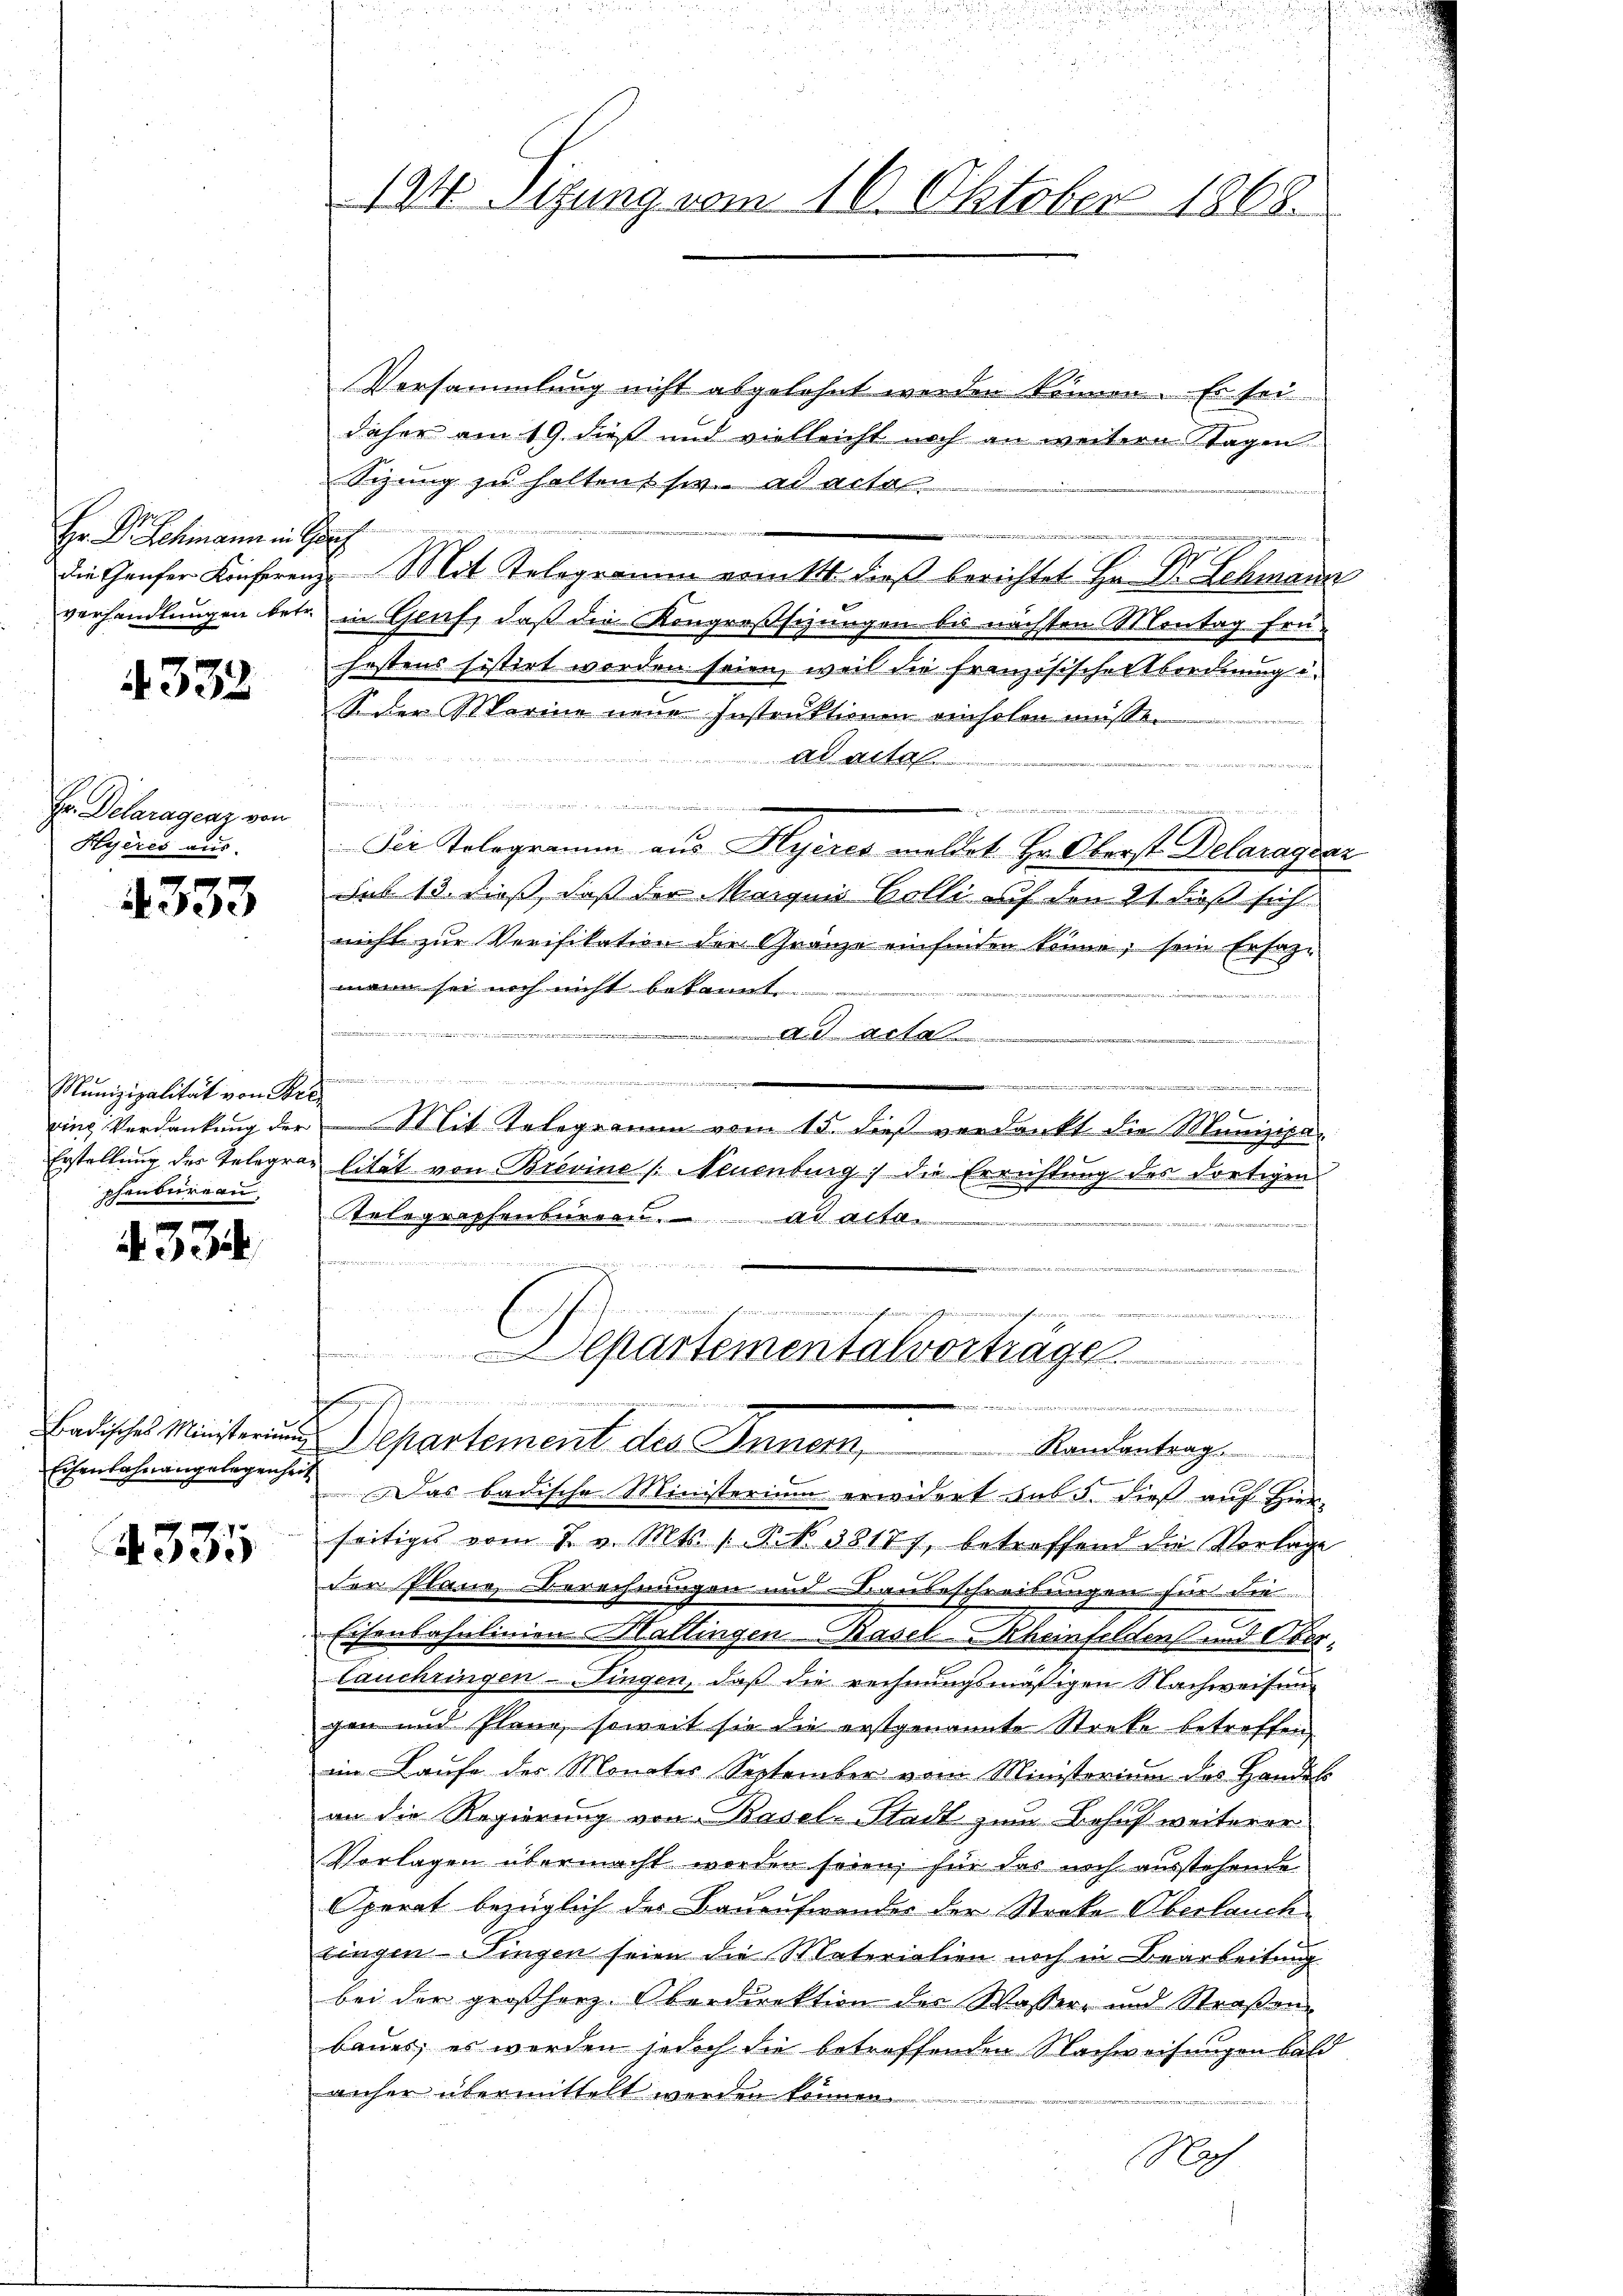
Hr Dr. Schmann in Sach

4332

Er Deleragenz von
Hyeres aus.

4333

Munizipalität von See
phenbureau

4335

4335

Versammlung nicht abgelohnt werden können. Es sei
daher am 19. dieß und vielleicht noch an weitern Stagen
Sizung zu halten sie. ad acta
e
die Genfer Konferenz. Mit Telegramm vom 14. dieß berichtet Hr. Dr. Lehmann
verhandlungen betr. in Gruf, daß die Kongreßsizungen bis nächten Montag frühostens histirt worden seien, weil die Französischertbordnung
Siner Marine neue Instruktionen einholen müsse.
ad acte

.

identen wird beiden bei mir hat den der den waren ebenen desser |
Die Kologramm aus Hyeres meldet Hr. Oberst Delaragrar
Sub 13. dieß, daß der Marquis Bolli auf den 21. dieß sich
nicht zur Verifikation der Gränze einsenden könne, sein Ersatz-
mann sei noch nicht bekannt.
8
Ai Arte
12
.
                                                                                                                              die wenn in der eine wegen
237
eine Verdankung der Mit Telegramm vom 15. dieß verdankt die Munizipa¬
Erstellŭng des Telegralität von Brevine /: Neuenburg, die Errichtŭng des dortigen
Telegraphenburgen. ad acta
.
54
  der
Departementalvortrage
dchen geht ein einen
n
Badisches Ministerung Departement des Innern, Randantrag.
Eisenbahnangelegenheit. Das badische Ministerium erwidert aus 5. dieß auf Hierseitiges vom 7. v. Mts. 1. P. Nr. 38177, betroffend die Vorlage
der Plane Berechnungen und Raubeschreibungen für die
Eisenbahnlinien Hallingen Basel-Rheinfeldens und Ober¬
Lauchringen - Fingen, daß die rechnungsmäßigen Nachweisung
gen und Planz, soweit sie die erstgenannte Streke betreffen,
im Laufe des Monates September vom Ministerium des Handels
an die Regierung von Basel-Stadt zum Behuf weiterer
Vorlagen übermacht worden seien, für das noch ausstehende
Operat bezüglich der Bauaufwander der Streke Oberlauch
ringen Singen seien die Materialien noch in Bearbeitung
bei der großherz. Oberdirektion des Wasser- und Straβen-
baues, es werden jedoch die betreffenden Nachweisungen bald
anher übermittelt werden können.
Nach

d
194 Setzung vom 16. Oktober 1868.

u